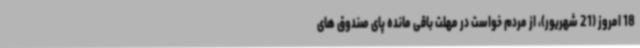
18 امروز (21 شهریور)، از مردم خواست در مهلت باقی مانده پای صندوق های